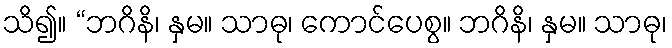
သိ၍။ “ဘဂိနိ၊ နှမ။ သာဓု၊ ကောင်ပေစွ။ ဘဂိနိ၊ နှမ။ သာဓု၊